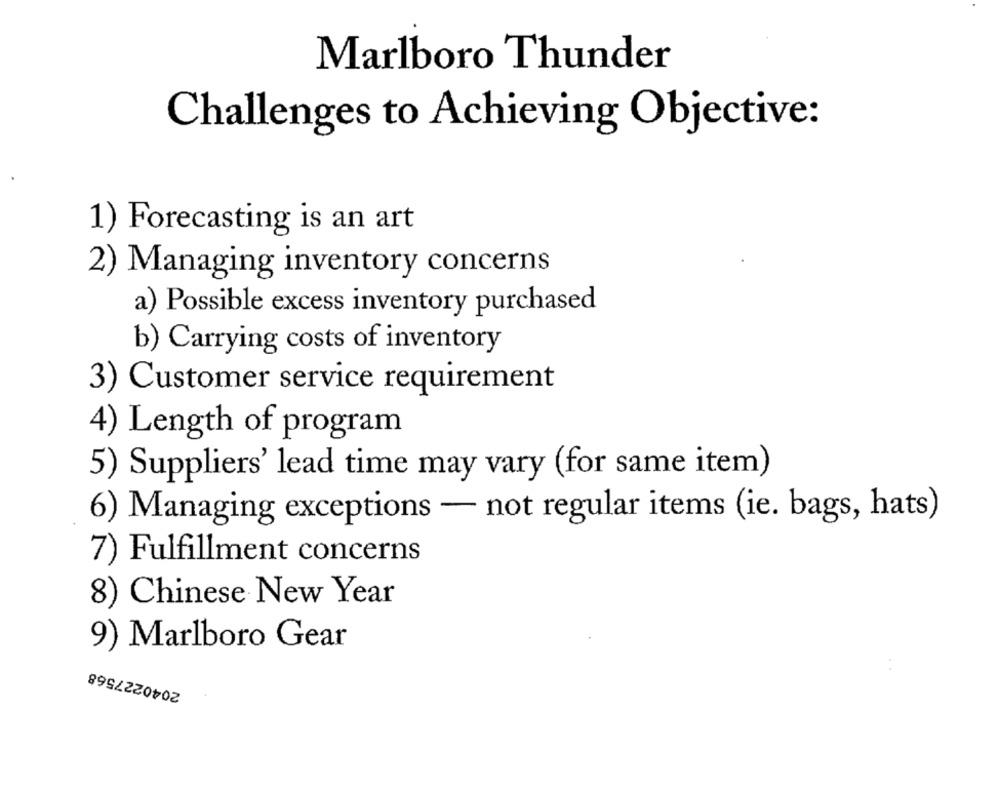
Marlboro Thunder
Challenges to Achieving Objective:
1) Forecasting is an art
2) Managing inventory concerns
a) Possible excess inventory purchased
b) Carrying costs of inventory
3) Customer service requirement
4) Length of program
5) Suppliers' lead time may vary (for same item)
6) Managing exceptions - not regular items (ie. bags, hats)
7) Fulfillment concerns
8) Chinese New Year
9) Marlboro Gear
2040227568